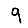
Digit: 9